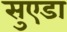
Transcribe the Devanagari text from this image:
सुएडा